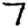
Digit: 7